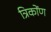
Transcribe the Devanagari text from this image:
त्रिकोंण